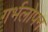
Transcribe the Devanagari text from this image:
गर्भलोपन